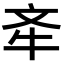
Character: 𣁄